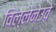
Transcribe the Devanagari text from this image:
विल्लेनेउवे